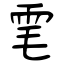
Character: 雮